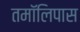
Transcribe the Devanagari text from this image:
तमॉलिपास